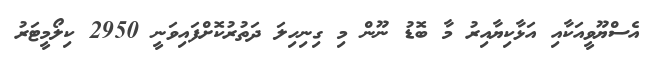
އެސްޔޫވީއަކާއި އަޅާކިޔާއިރު މާ ބޮޑު ނޫން މި ގިނިހިލަ ދަތުރުކޮށްފައިވަނީ 2950 ކިލޯމީޓަރު